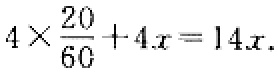
\(4\times\frac{20}{60}+4x = 14x\)